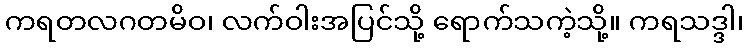
ကရတလဂတမိဝ၊ လက်ဝါးအပြင်သို့ ရောက်သကဲ့သို့။ ကရသဒ္ဒါ၊